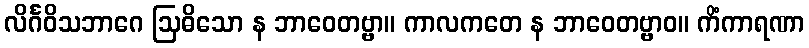
လိင်္ဂဝိသဘာဂေ ဩဓိသော န ဘာဝေတဗ္ဗာ။ ကာလကတေ န ဘာဝေတဗ္ဗာဝ။ ကိံကာရဏာ